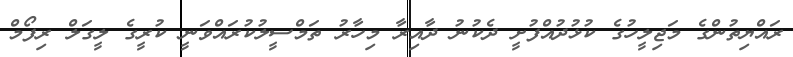
ރައްޔިތުންގެ މަޖިލީހުގެ ކުޅުދުއްފުށީ ދެކުނު ދާއިރާ މިހާރު ތަމްސީލުކުރައްވަނީ ކުރީގެ ލީގަލް ރިފޯމް